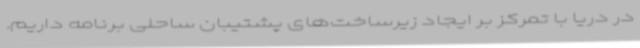
در دریا با تمرکز بر ایجاد زیرساخت‌های پشتیبان ساحلی برنامه داریم.